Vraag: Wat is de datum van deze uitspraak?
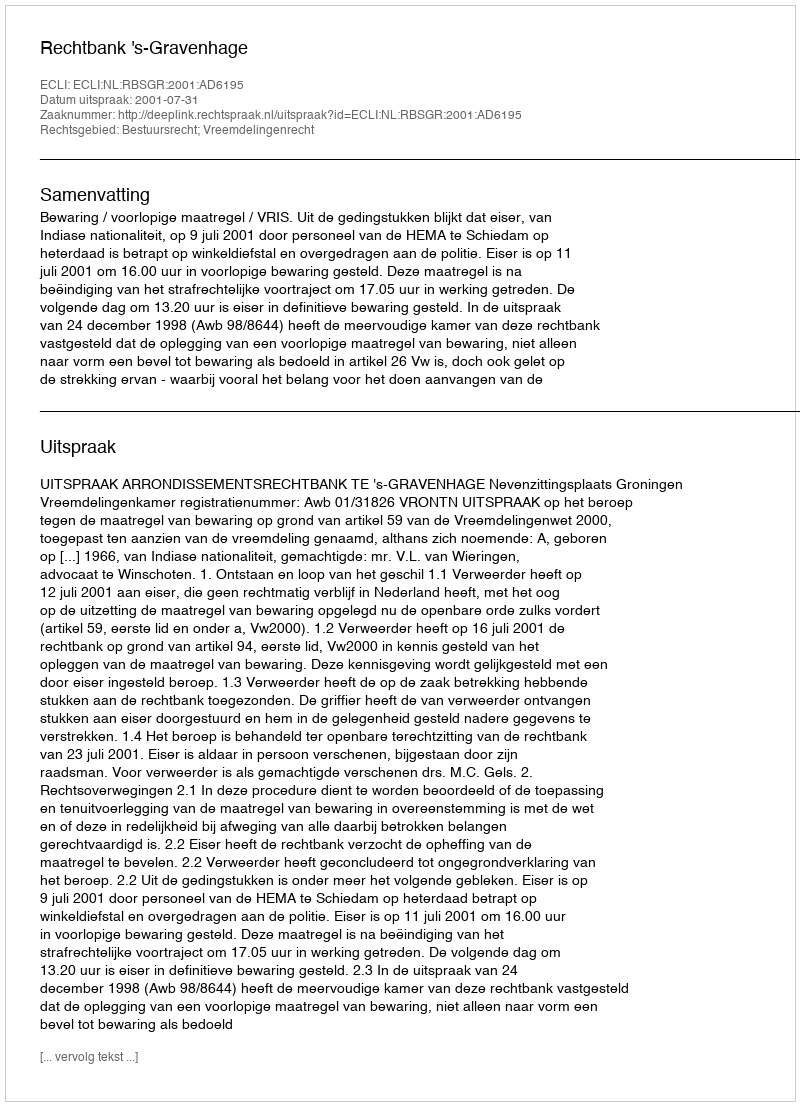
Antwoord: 2001-07-31